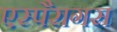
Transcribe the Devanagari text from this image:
एस्पैरागस